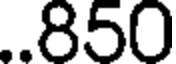
.850